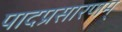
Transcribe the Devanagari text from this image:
पादप्रसारणम्